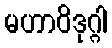
မဟာဝိဒုဂ္ဂါ